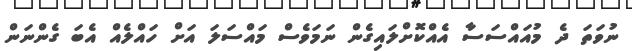
ނުވަތަ ދެ މުއައްސަސާ އެއްކޮށްލައިގެން ނަމަވެސް މައްސަލަ އަށް ހައްލެއް އެބަ ގެންނަން